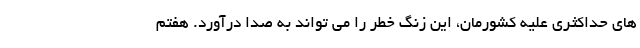
های حداکثری علیه کشورمان، این زنگ خطر را می تواند به صدا درآورد. هفتم